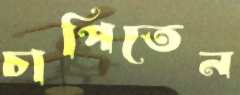
চাপিতেন